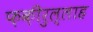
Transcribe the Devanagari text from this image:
फ़क़ीरुल्लाह